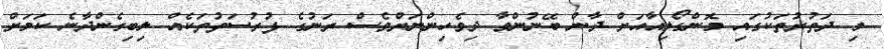
މި ދަތުރުތަކުގައި މޮންގޯލިއާއަށް ދާން ބޭނުންވާ ދިވެހިންނަށްވެސް ރަނުގެ ފުރުސަތުތަކެއް ލިބިގެންދާނެ ކަމަށް